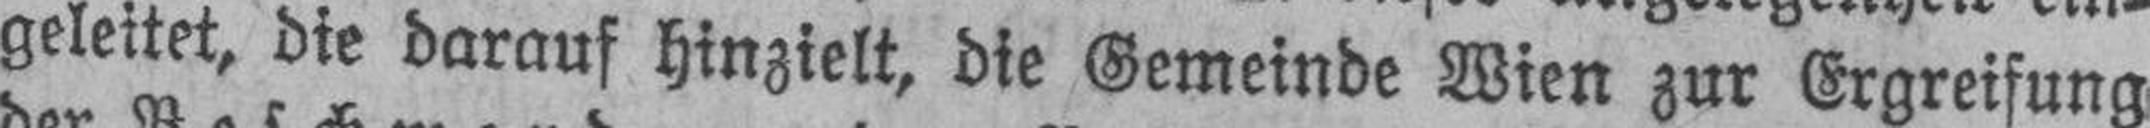
geleitet, die darauf hinzielt, die Gemeinde Wien zur Ergreifung